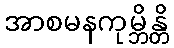
အာစမနကုမ္ဘိန္တိ